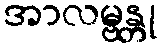
အာလမ္ဗန္တု